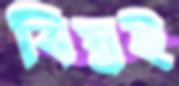
বিঘ্নই